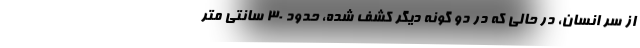
از سر انسان، در حالی که در دو گونه دیگر کشف شده، حدود ۳۰ سانتی متر